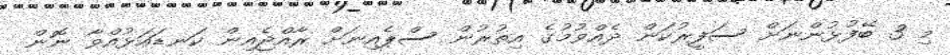
މި 3 ބޭފުޅުންނަށް ސަފީރުކަން ދެއްވުމުގެ އިތުރުން ސްޕެއިނަށް ރާއްޖެއިން ކަނޑައަޅުއްވާ ނޮން